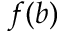
f ( b )